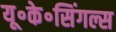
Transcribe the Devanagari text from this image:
यू॰के॰सिंगल्स